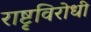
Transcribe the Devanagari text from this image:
राष्टृविरोधी